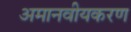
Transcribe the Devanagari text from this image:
अमानवीयकरण